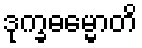
ဒုက္ခဓမ္မောတိ